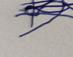
Signature authenticity: forged